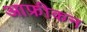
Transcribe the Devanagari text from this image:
आफ्रीकन